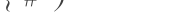
٥٦